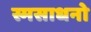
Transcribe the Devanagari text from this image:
स्मसाधनो